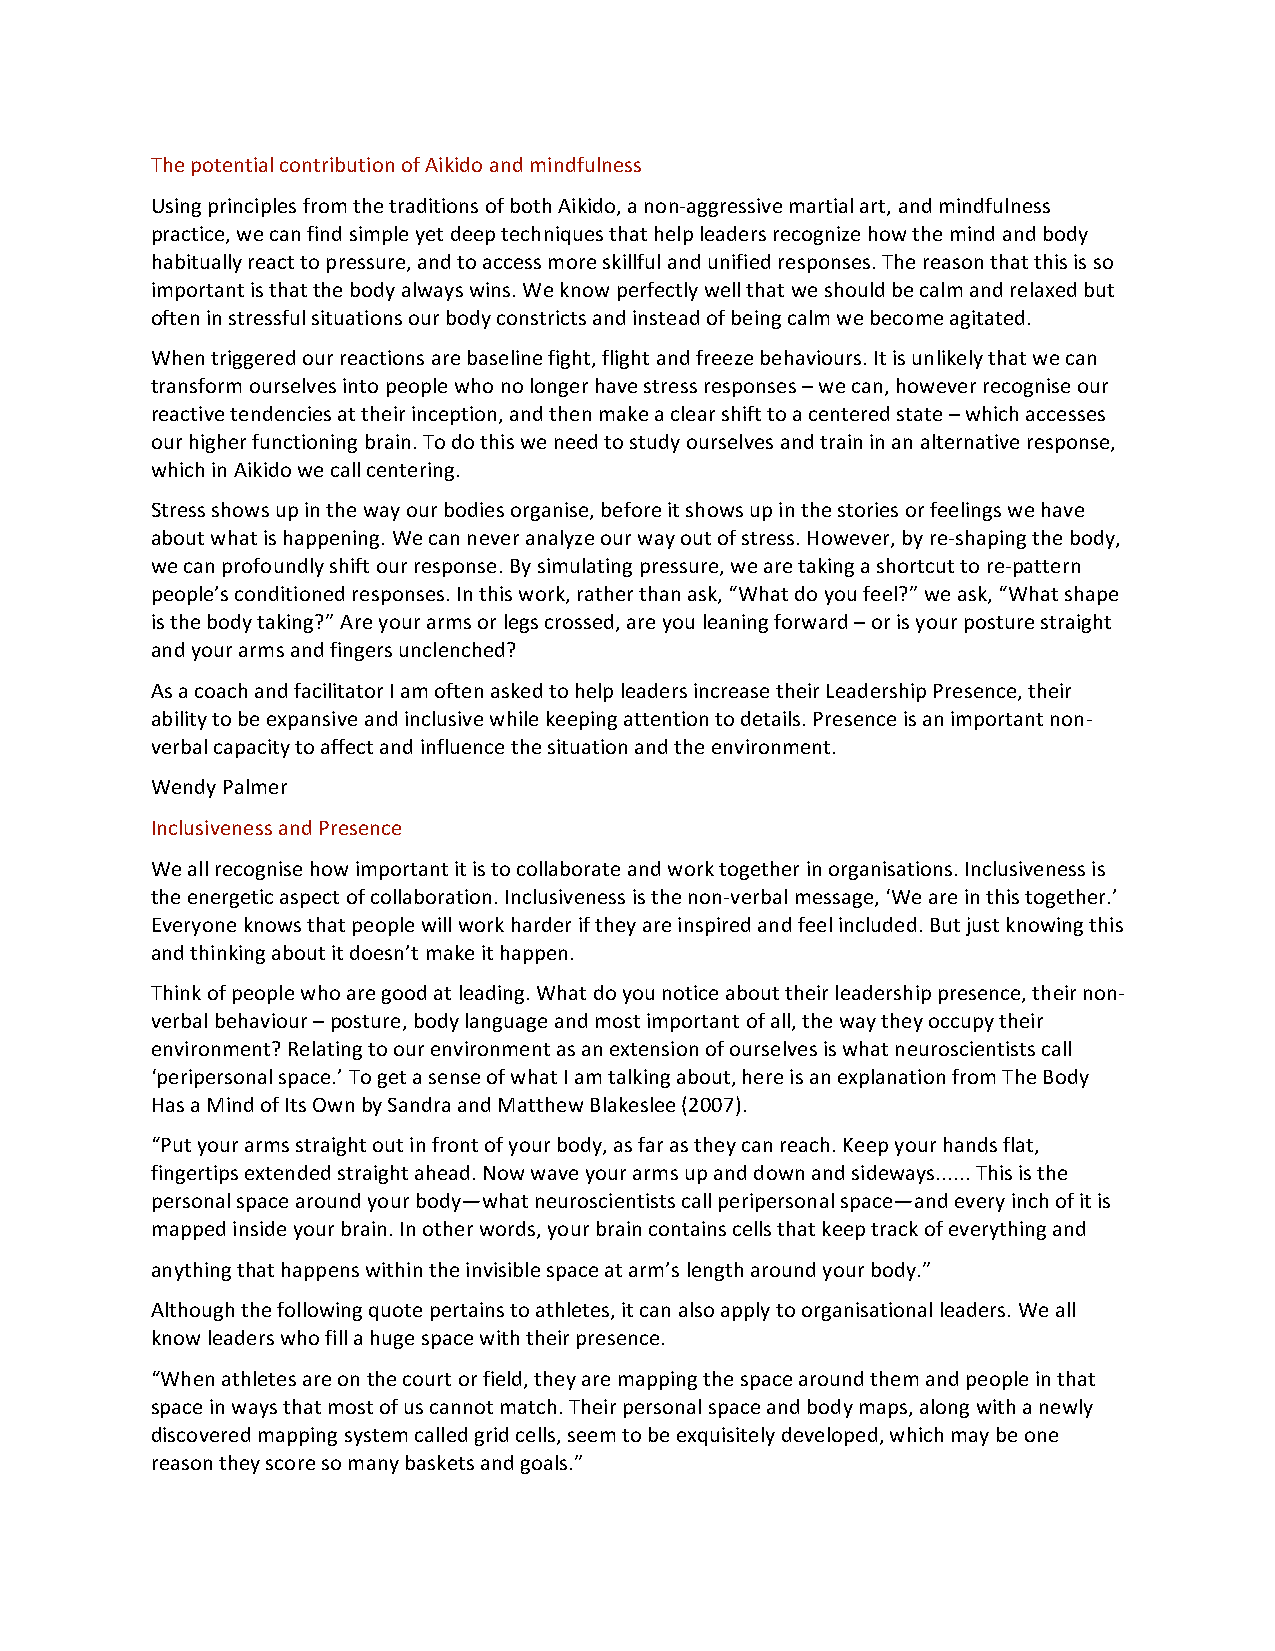
The potential contribution of Aikido and mindfulness
 Using principles from the traditions of both Aikido, a non-aggressive martial art, and mindfulness
 practice, we can find simple yet deep techniques that help leaders recognize how the mind and body
 habitually react to pressure, and to access more skillful and unified responses. The reason that this is so
 important is that the body always wins. We know perfectly well that we should be calm and relaxed but
 often in stressful situations our body constricts and instead of being calm we become agitated.
 When triggered our reactions are baseline fight, flight and freeze behaviours. It is unlikely that we can
 transform ourselves into people who no longer have stress responses – we can, however recognise our
 reactive tendencies at their inception, and then make a clear shift to a centered state – which accesses
 our higher functioning brain. To do this we need to study ourselves and train in an alternative response,
 which in Aikido we call centering.
 Stress shows up in the way our bodies organise, before it shows up in the stories or feelings we have
 about what is happening. We can never analyze our way out of stress. However, by re-shaping the body,
 we can profoundly shift our response. By simulating pressure, we are taking a shortcut to re-pattern
 people’s conditioned responses. In this work, rather than ask, “What do you feel?” we ask, “What shape
 is the body taking?” Are your arms or legs crossed, are you leaning forward – or is your posture straight
 and your arms and fingers unclenched?
 As a coach and facilitator I am often asked to help leaders increase their Leadership Presence, their
 ability to be expansive and inclusive while keeping attention to details. Presence is an important non-
 verbal capacity to affect and influence the situation and the environment.
 Wendy Palmer
 Inclusiveness and Presence
 We all recognise how important it is to collaborate and work together in organisations. Inclusiveness is
 the energetic aspect of collaboration. Inclusiveness is the non-verbal message, ‘We are in this together.’
 Everyone knows that people will work harder if they are inspired and feel included. But just knowing this
 and thinking about it doesn’t make it happen.
 Think of people who are good at leading. What do you notice about their leadership presence, their non-
 verbal behaviour – posture, body language and most important of all, the way they occupy their
 environment? Relating to our environment as an extension of ourselves is what neuroscientists call
 ‘peripersonal space.’ To get a sense of what I am talking about, here is an explanation from The Body
 Has a Mind of Its Own by Sandra and Matthew Blakeslee (2007).
 “Put your arms straight out in front of your body, as far as they can reach. Keep your hands flat,
 fingertips extended straight ahead. Now wave your arms up and down and sideways...... This is the
 personal space around your body—what neuroscientists call peripersonal space—and every inch of it is
 mapped inside your brain. In other words, your brain contains cells that keep track of everything and
 anything that happens within the invisible space at arm’s length around your body.”
 Although the following quote pertains to athletes, it can also apply to organisational leaders. We all
 know leaders who fill a huge space with their presence.
 “When athletes are on the court or field, they are mapping the space around them and people in that
 space in ways that most of us cannot match. Their personal space and body maps, along with a newly
 discovered mapping system called grid cells, seem to be exquisitely developed, which may be one
 reason they score so many baskets and goals.”